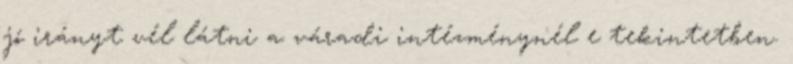
jó irányt vél látni a váradi intézménynél e tekintetben.